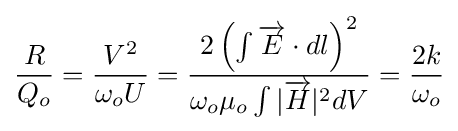
{\frac {R}{Q_{o}}}={\frac {V^{2}}{\omega _{o}U}}={\frac {2\left(\int {{\overrightarrow {E}}\cdot dl}\right)^{2}}{\omega _{o}\mu _{o}\int {|{\overrightarrow {H}}|^{2}dV}}}={\frac {2k}{\omega _{o}}}